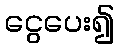
ငွေပေး၍